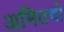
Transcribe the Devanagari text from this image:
अमितची